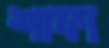
শাফা